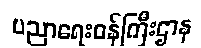
ပညာရေးဝန်ကြီးဌာန